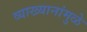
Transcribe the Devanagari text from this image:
व्याख्यानांमुळे